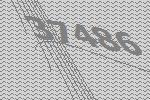
37486